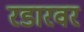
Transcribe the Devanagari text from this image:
रडारवर